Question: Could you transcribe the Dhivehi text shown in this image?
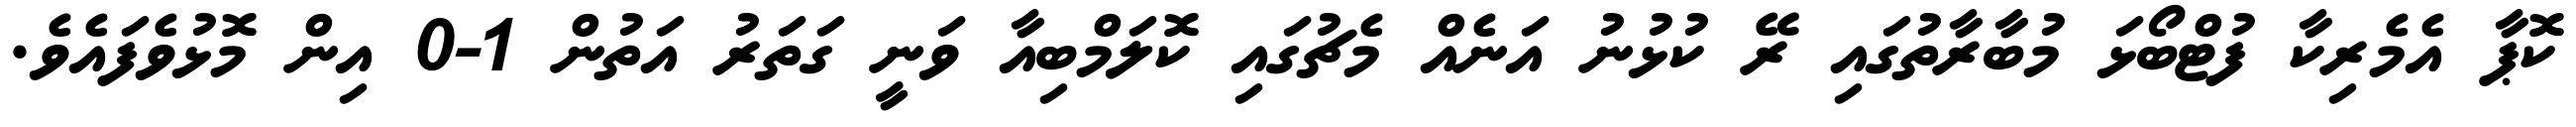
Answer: ކޮޕާ އެމެރިކާ ފުޓްބޯޅަ މުބާރާތުގައި ރޭ ކުޅުނު އަނެއް މެޗުގައި ކޮލަމްބިއާ ވަނީ ގަތަރު އަތުން 1-0 އިން މޮޅުވެފައެވެ.